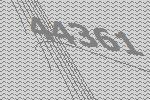
44361